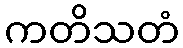
ကတိသတံ